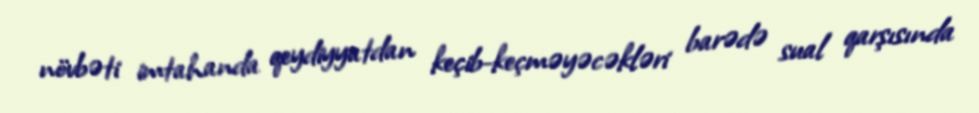
növbəti imtahanda qeydiyyatdan keçib-keçməyəcəkləri barədə sual qarşısında